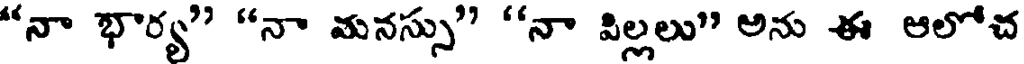
"నా భార్య" "నా మనస్సు" "నా విల్లలు" అను ఈ ఆలోచ